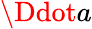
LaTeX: \Ddot{a}